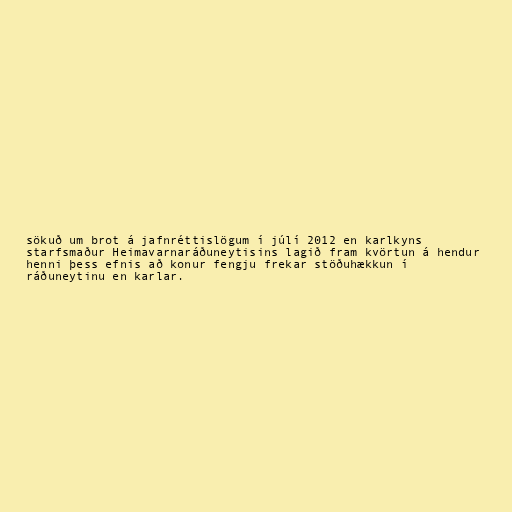
sökuð um brot á jafnréttislögum í júlí 2012 en karlkyns
starfsmaður Heimavarnaráðuneytisins lagið fram kvörtun á hendur
henni þess efnis að konur fengju frekar stöðuhækkun í
ráðuneytinu en karlar.